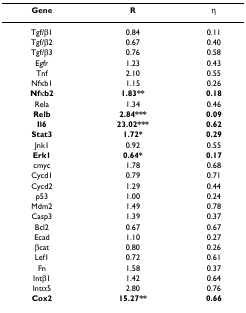
<table><thead><tr><td><b>Gene</b></td><td><b>R</b></td><td><b>η</b></td></tr></thead><tbody><tr><td>Tgf/β1</td><td>0.84</td><td>0.11</td></tr><tr><td>Tgf/β2</td><td>0.67</td><td>0.40</td></tr><tr><td>Tgf/β3</td><td>0.76</td><td>0.58</td></tr><tr><td>Egfr</td><td>1.23</td><td>0.43</td></tr><tr><td>Tnf</td><td>2.10</td><td>0.55</td></tr><tr><td>Nfκb1</td><td>1.15</td><td>0.26</td></tr><tr><td><b>Nfκb2</b></td><td><b>1.83**</b></td><td><b>0.18</b></td></tr><tr><td>Rela</td><td>1.34</td><td>0.46</td></tr><tr><td><b>Relb</b></td><td><b>2.84***</b></td><td><b>0.09</b></td></tr><tr><td><b>Il6</b></td><td><b>23.02***</b></td><td><b>0.62</b></td></tr><tr><td><b>Stat3</b></td><td><b>1.72*</b></td><td><b>0.29</b></td></tr><tr><td>Jnk1</td><td>0.92</td><td>0.55</td></tr><tr><td><b>Erk1</b></td><td><b>0.64*</b></td><td><b>0.17</b></td></tr><tr><td>cmyc</td><td>1.78</td><td>0.68</td></tr><tr><td>Cycd1</td><td>0.79</td><td>0.71</td></tr><tr><td>Cycd2</td><td>1.29</td><td>0.44</td></tr><tr><td>p53</td><td>1.00</td><td>0.24</td></tr><tr><td>Mdm2</td><td>1.49</td><td>0.78</td></tr><tr><td>Casp3</td><td>1.39</td><td>0.37</td></tr><tr><td>Bcl2</td><td>0.67</td><td>0.67</td></tr><tr><td>Ecad</td><td>1.10</td><td>0.27</td></tr><tr><td>βcat</td><td>0.80</td><td>0.26</td></tr><tr><td>Lef1</td><td>0.72</td><td>0.61</td></tr><tr><td>Fn</td><td>1.58</td><td>0.37</td></tr><tr><td>Intβ1</td><td>1.42</td><td>0.64</td></tr><tr><td>Intα5</td><td>2.80</td><td>0.76</td></tr><tr><td><b>Cox2</b></td><td><b>15.27**</b></td><td><b>0.66</b></td></tr></tbody></table>